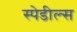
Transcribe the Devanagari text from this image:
स्पेडील्स